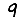
Digit: 9